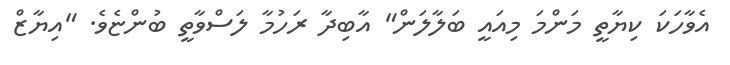
އެވާހަކަ ކިޔާތީ މަންމަ މިއައީ ބަލާލަން" އާބިދާ ރަހުމާ ލަސްވާތީ ބުންޏެވެ. "އިޔާޒް